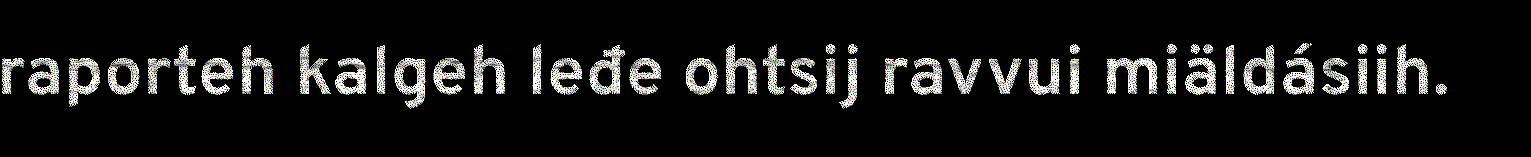
raporteh kalgeh leđe ohtsij ravvui miäldásiih.